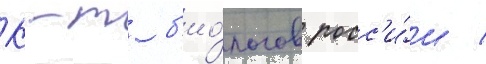
К-т б'ио́логов росс'и́и /